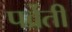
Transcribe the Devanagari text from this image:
पर्व्रेती